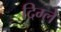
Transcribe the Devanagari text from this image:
दिग्ले